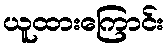
ယူထားကြောင်း